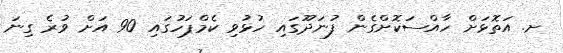
ށ. އަތޮޅަށް ހާއްސަކޮށްގެން ފުނަދޫގައި ހުޅުވި ކެމްޕަހުގައި 90 އަށް ވުރެ ގިނަ